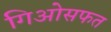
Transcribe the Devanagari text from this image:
गिओसफत